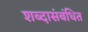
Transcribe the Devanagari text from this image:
शब्दासंबंधित